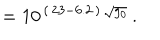
\: = 1 0 ^ { \, ( \, 2 3 - 6 . 2 \, ) \, \sqrt { g _ { 0 } } } \, . \: